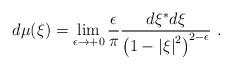
LaTeX: \begin{align*}d\mu(\xi)=\mathop{\lim }\limits_{\epsilon\rightarrow +0}{\epsilon\over\pi} {{d\xi^{*} d\xi}\over {\left( {1-\left| \xi \right|^2}\right)^{2-\epsilon}}}\ .\end{align*}